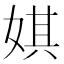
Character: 娸